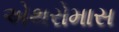
એથરોમાસ